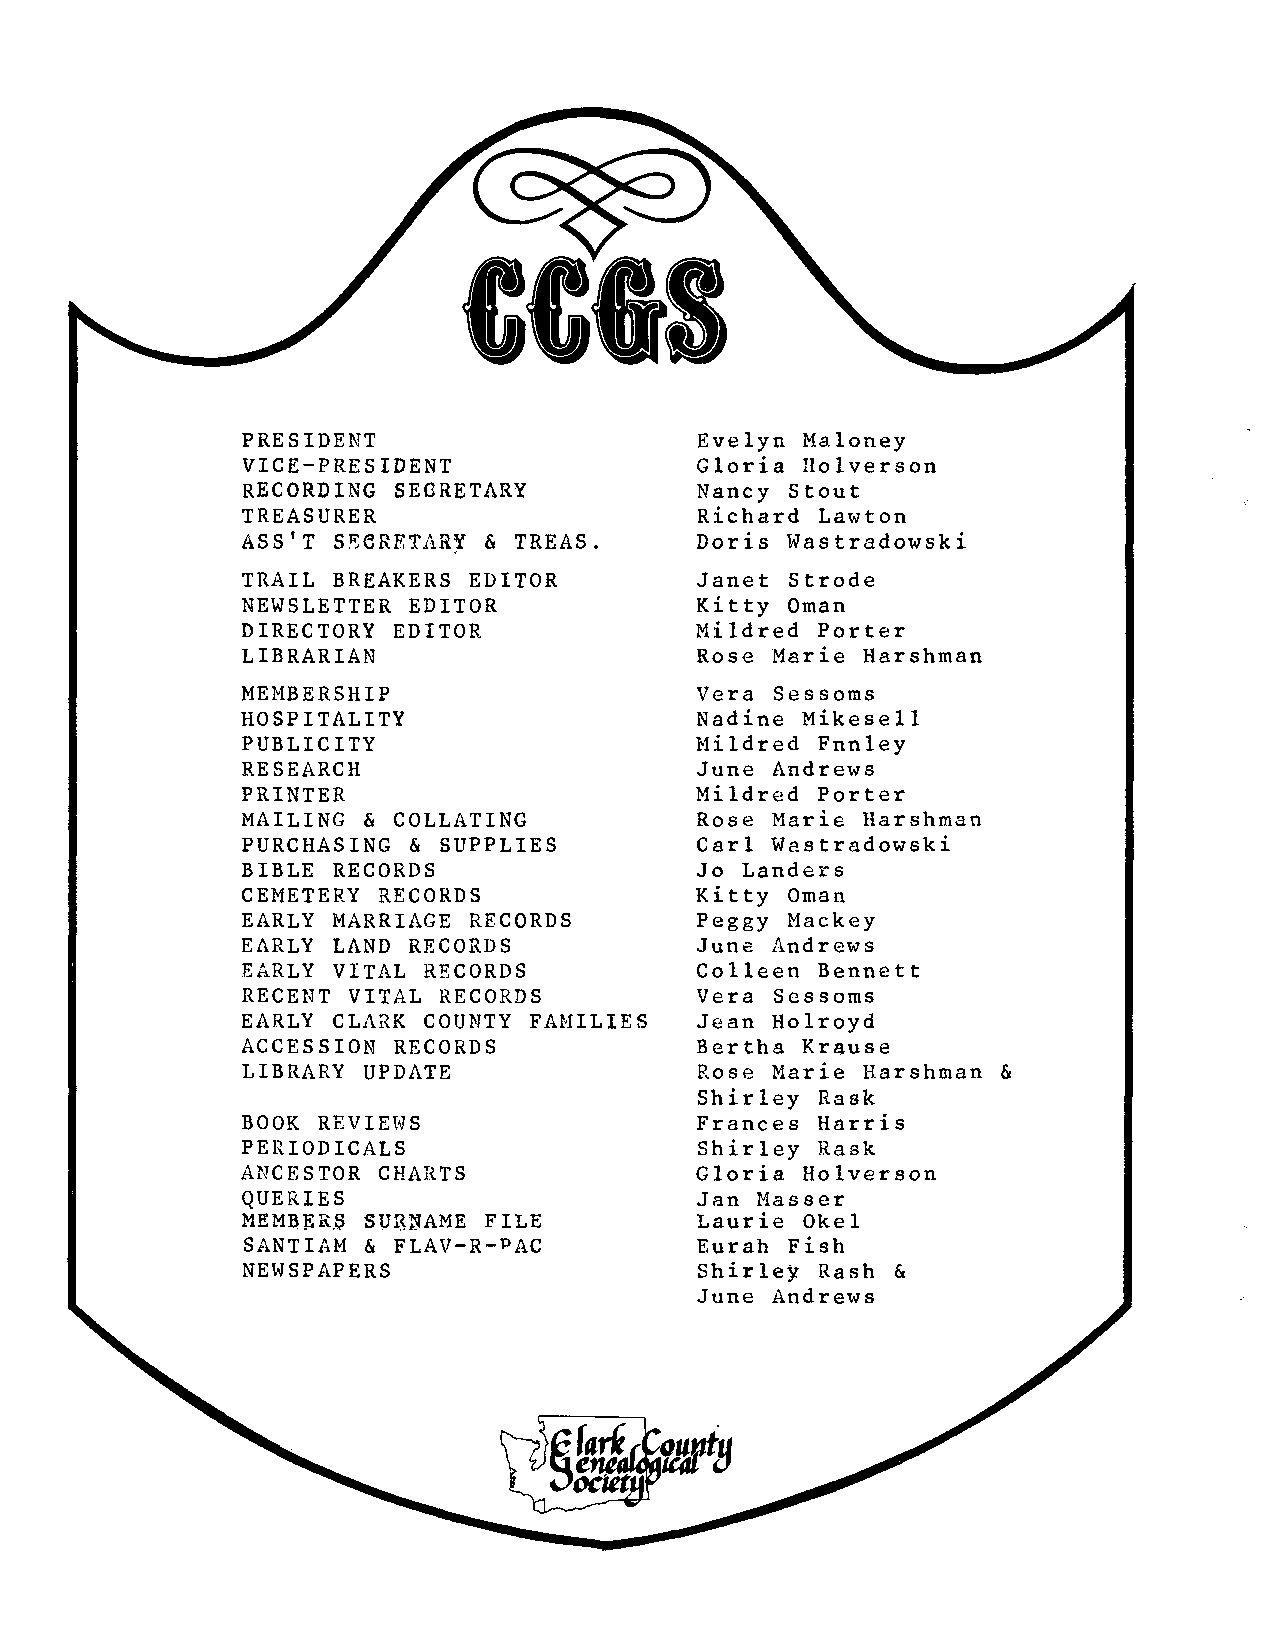
CCIS
 PRESIDENT                     Evelyn Maloney
 VICE-PRESIDENT                Gloria Holverson
 RECORDING SEGRETARY           Nancy Stout
 TREASURER                     Richard Lawton
 ASS'T S~eRETARr & TREAS.      Doris Wastradowski
 TRAIL BREAKERS EDITOR         Janet Strode
 NEWSLETTER EDITOR             Kitty Oman
 DIRECTORY EDITOR              Mildred Porter
 LIBRARIAN                     Rose Marie Harshman
 MEMBERSHIP                    Vera Sessoms
 HOSPITALITY                   Nadine Mikesell
 PUBLICITY                     Mildred Fnnley
 RESEARCH                      June Andrews
 PRINTER                       Mildred Porter
 MAILING & COLLATING           Rose Marie Harshman
 PURCHASING & SUPPLIES         Carl Wastradowski
 BIBLE RECORDS                 Jo Landers
 CEMETERY RECORDS              Kitty Oman
 EARLY MARRIAGE RECORDS        Peggy Mackey
 EARLY LAND RECORDS            June Andrews
 EARLY VITAL RECORDS           Colleen Bennett
 RECENT VITAL RECORDS          Vera Sessoms
 EARLY CLARK COUNTY FAMILIES   Jean Holroyd
 ACCESSION RECORDS             Bertha Krause
 LIBRARY UPDATE                Rose Marie Harshman &
 Shirley Rask
 BOOK REVIEWS                  Frances Harris
 PERIODICALS                   Shirley Rask
 ANCESTOR CHARTS               Gloria Holverson
 QUERIES                       Jan Masser
 MEMIJRS SURIAME FILE          Laurie Okel
 SANTIAM & FLAV-R-PAC          Eurah Fish
 NEWSPAPERS                    Shirley Rash &
 June Andrews